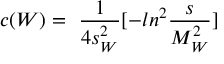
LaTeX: c ( W ) = ~ { \frac { 1 } { 4 s _ { W } ^ { 2 } } } [ - l n ^ { 2 } { \frac { s } { M _ { W } ^ { 2 } } } ]